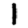
Digit: 1